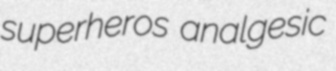
superheros analgesic